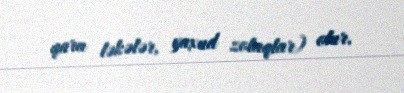
qara ləkələr, yaxud zolaqlar) olur.